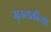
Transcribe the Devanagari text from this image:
मृतव्यक्तींच्या